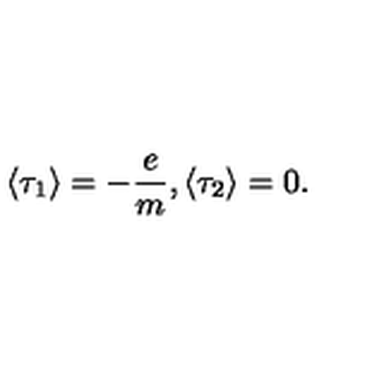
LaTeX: \langle \tau _ { 1 } \rangle = - \frac { e } { m } , \langle \tau _ { 2 } \rangle = 0 .